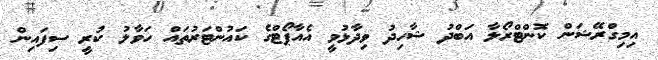
އިމިގްރޭޝަން ކޮންޓްރޯލާ އަބްދު ޝާހިދު ވިދާޅުވީ އެއާޕޯޓްގެ ކައުންޓަރުތައް ހަވާލު ކުރީ ސިފައިން